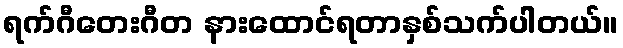
ရက်ဂီတေးဂီတ နားထောင်ရတာနှစ်သက်ပါတယ်။